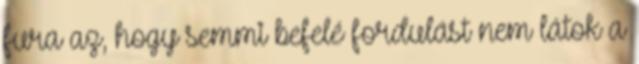
fura az, hogy semmi befelé fordulást nem látok a